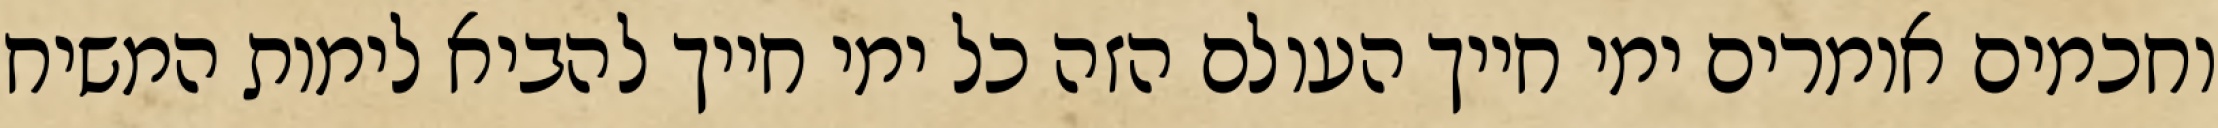
וחכמים אומרים ימי חייך העולם הזה כל ימי חייך להביא לימות המשיח